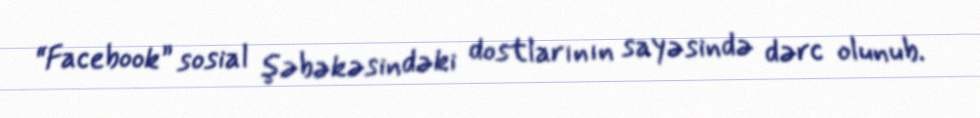
“Facebook” sosial şəbəkəsindəki dostlarının sayəsində dərc olunub.